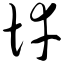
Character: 悻